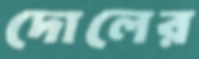
দোলের